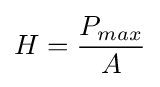
H={\frac {P_{max}}{A}}